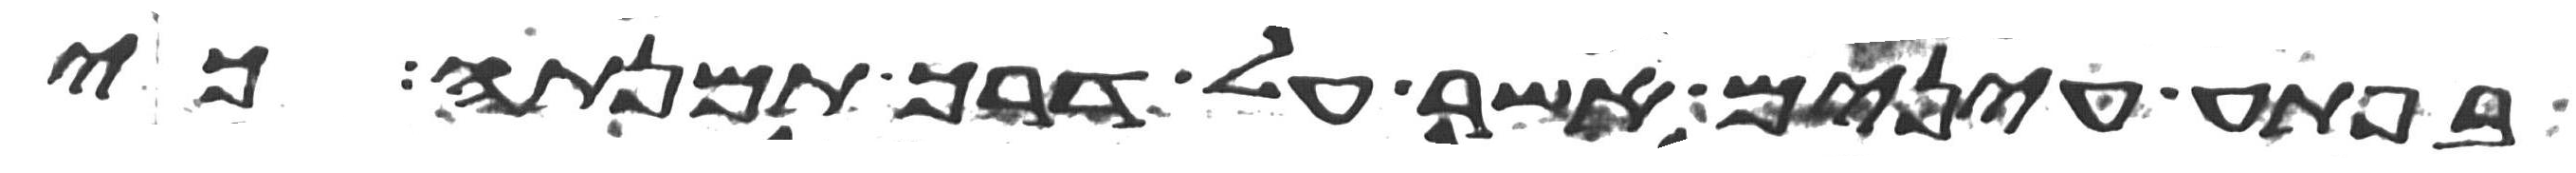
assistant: בפתע עינים אשר על דרך תמנתה כי